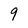
Character: 9